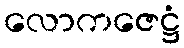
လောကဇေဋ္ဌံ